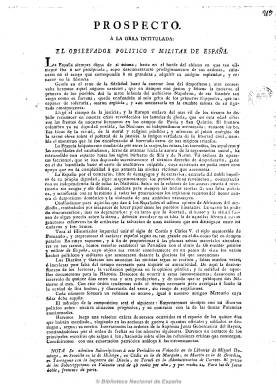
Título: El Observador político y militar de España
Colección: Periódicos anteriores a 1850
Ámbito geográfico: Valencia
Lugar de publicación: Valencia
Fechas: 01/06/1809-15/08/1809

Un caso casi excepcional en la prensa española del periodo por su amplia paginación, de entre el medio centenar y casi el centenar de páginas. Aparece en Valencia el uno de julio de 1809, y con frecuencia quincenal, se conocen de él dieciocho entregas, correspondiendo la última al 15 de marzo de 1810. Fue impreso por Miguel Domingo, y sus redactores pudieron proceder del Mercurio histórico y político y Mercurio de España. Su carácter es noticioso y político, antinapoleónico, contrario a la abolición de la Inquisición y a la tolerancia religiosa, reaccionario y antiliberal. Comienza cada número con un discurso político, para a continuación publicar resúmenes y detalles de noticias, tanto extranjeras como de España, extractadas de periódicos y otros papeles, sobre el curso de la guerra y las operaciones y sucesos militares, para terminar con una “exhortación patriótica” y reales órdenes dictadas por el rey Fernando VII. Fue continuado por El observador moral, político y militar de la Corona de Aragón, que inicia nueva numeración en números de una docena de páginas y que cesó al poco de aparecer.